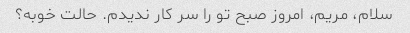
سلام، مریم، امروز صبح تو را سر کار ندیدم. حالت خوبه؟